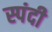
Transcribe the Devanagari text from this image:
स्पंदी